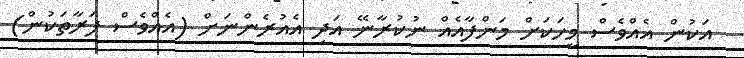
އަކުން އެއްވެސް މީހަކަށް މަންފާއެއް ނުކުރާނޭ އަދި އެއުރެންނަށް (އެއްވެސް ފަރާތަކުން)